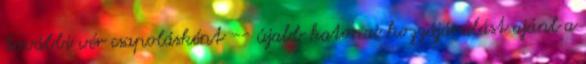
további vér csapolásként -- újabb katonai hozzájárulást ajánl a